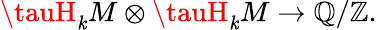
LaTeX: \tauH_{\mathit{k}}M\otimes\tauH_{\mathit{k}}M\to\mathbb{{Q}}/\mathbb{{Z}}.